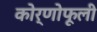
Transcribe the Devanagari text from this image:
कोर्णोफूली